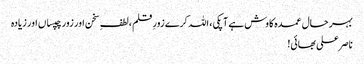
بہر حال عمدہ کاوش ہے آپکی ، اللہ کرے زورِ قلم ،لطفِ سخن اور زور چپساں اور زیادہ
ناصر علی بھائی!